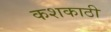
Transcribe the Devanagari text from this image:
कशकाठी